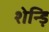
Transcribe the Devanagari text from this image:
शेन्ड़ि